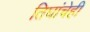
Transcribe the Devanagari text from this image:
तिघांचेही